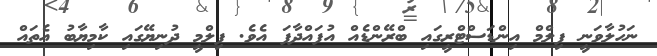
ނަހުލާވަނީ ފިލްމް އިންޑަސްޓްރީގައި ބްރޭންޑެއް އުފައްދާފަ އެވެ. ފިލްމީ ދުނިޔޭގައި ކާމިޔާބު އެތައް